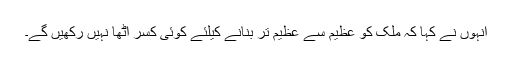
انہوں نے کہا کہ ملک کو عظیم سے عظیم تر بنانے کیلئے کوئی کسر اٹھا نہیں رکھیں گے۔